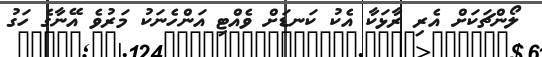
ލޯންޗަކަށް އެރި ރާޅަކާ އެކު ކަނޑަށް ވެއްޓި އަންހެނަކު މަރުވެ އޭނާގެ ހަގު